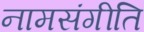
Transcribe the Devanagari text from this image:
नामसंगीति